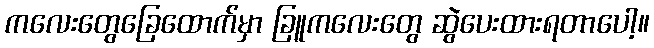
ကလေးတွေခြေထောက်မှာ ခြူကလေးတွေ ဆွဲပေးထားရတာပေါ့။